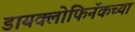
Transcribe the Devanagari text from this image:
डायक्लोफिनॅकच्या